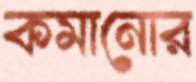
কমানোর